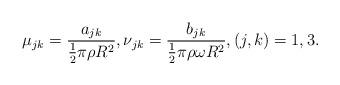
LaTeX: \begin{align*} \mu_{jk} = \frac{a_{jk}}{\frac{1}{2} \pi \rho R^2 }, \nu_{jk} = \frac{b_{jk}}{\frac{1}{2} \pi \rho \omega R^2 }, (j,k) = 1,3.\end{align*}